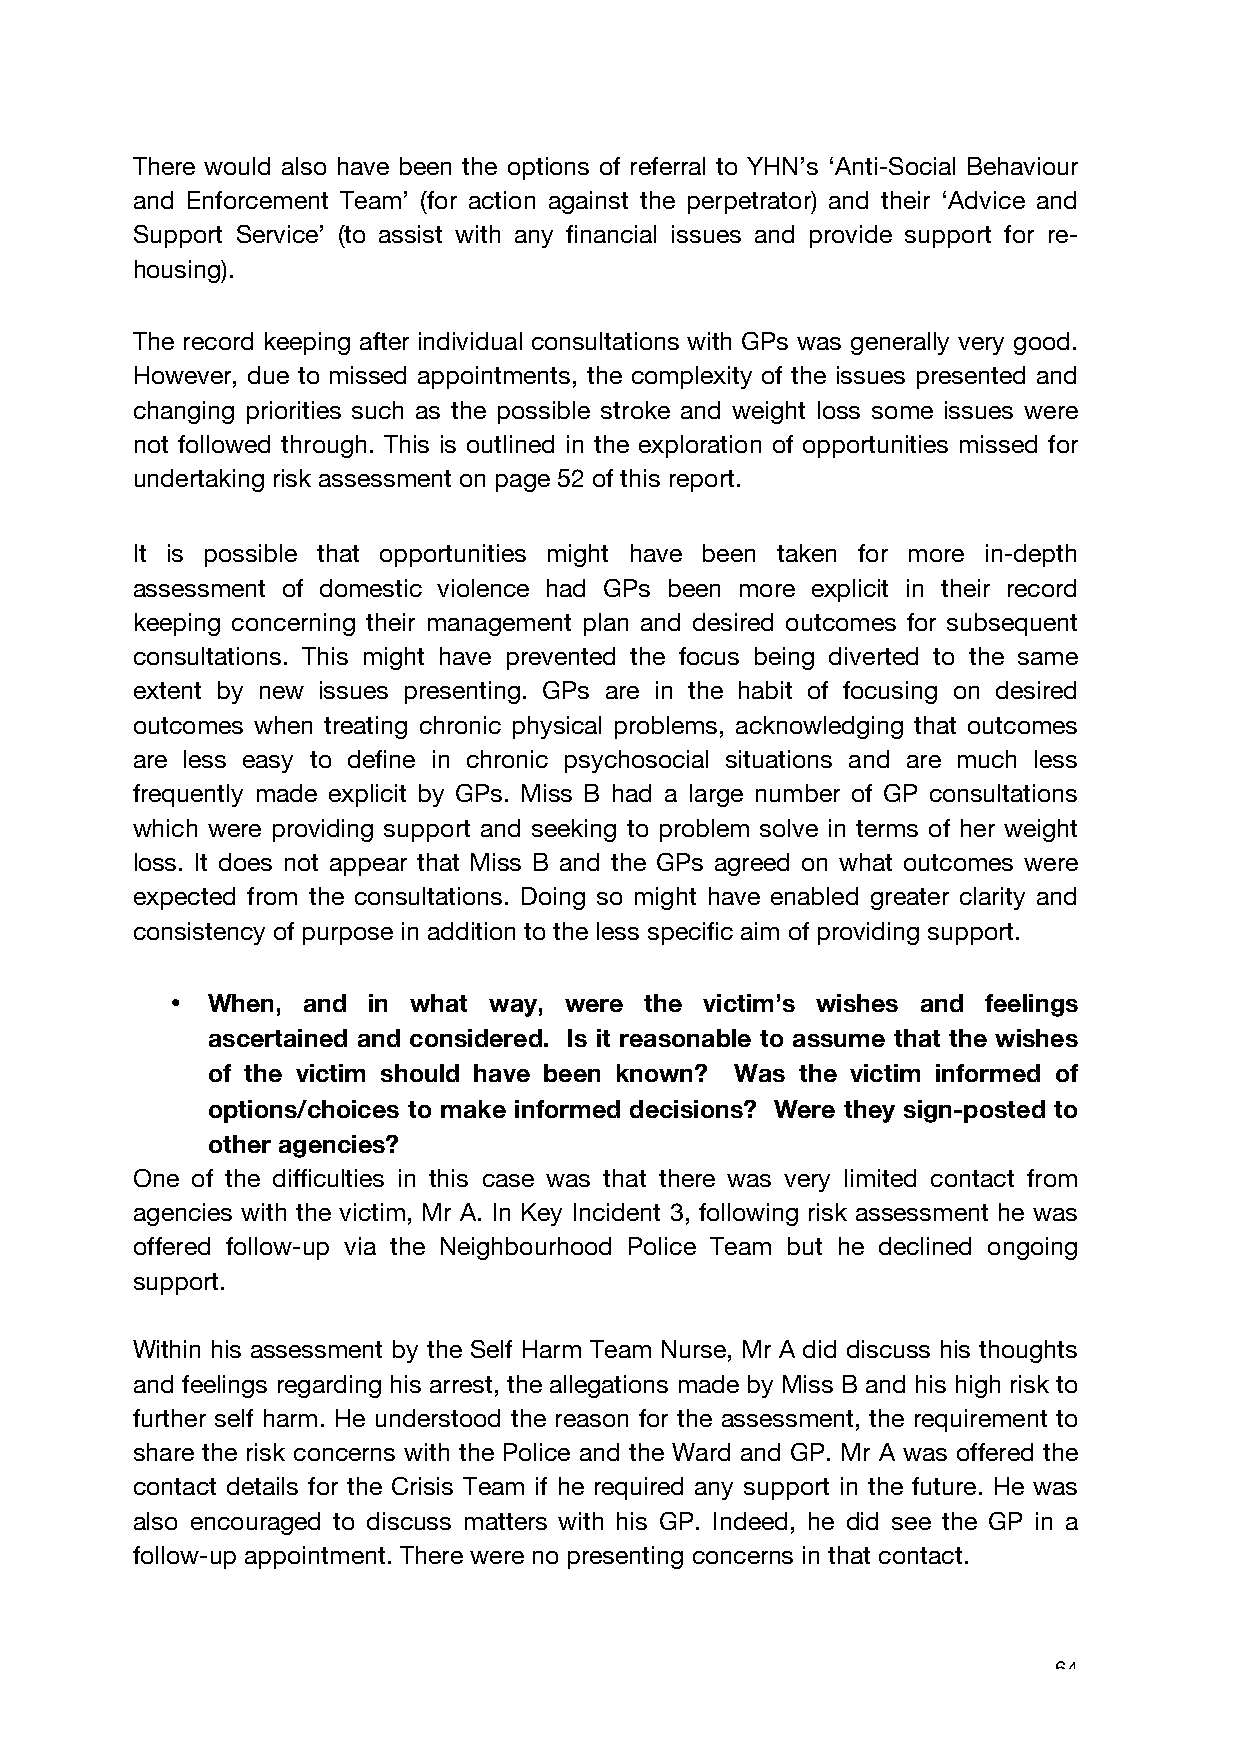
There would also have been the options of referral to YHN’s ‘Anti-Social Behaviour
 and Enforcement Team’ (for action against the perpetrator) and their ‘Advice and
 Support Service’ (to assist with any financial issues and provide support for re-
 housing).
 The record keeping after individual consultations with GPs was generally very good.
 However, due to missed appointments, the complexity of the issues presented and
 changing priorities such as the possible stroke and weight loss some issues were
 not followed through. This is outlined in the exploration of opportunities missed for
 undertaking risk assessment on page 52 of this report.
 It is possible that opportunities might have been taken for more in-depth
 assessment of domestic violence had GPs been more explicit in their record
 keeping concerning their management plan and desired outcomes for subsequent
 consultations. This might have prevented the focus being diverted to the same
 extent by new issues presenting. GPs are in the habit of focusing on desired
 outcomes when treating chronic physical problems, acknowledging that outcomes
 are less easy to define in chronic psychosocial situations and are much less
 frequently made explicit by GPs. Miss B had a large number of GP consultations
 which were providing support and seeking to problem solve in terms of her weight
 loss. It does not appear that Miss B and the GPs agreed on what outcomes were
 expected from the consultations. Doing so might have enabled greater clarity and
 consistency of purpose in addition to the less specific aim of providing support.
 •  When, and in what way, were  the victim’s wishes and feelings
 ascertained and considered. Is it reasonable to assume that the wishes
 of the victim should have been known? Was the victim informed of
 options/choices to make informed decisions? Were they sign-posted to
 other agencies?
 One of the difficulties in this case was that there was very limited contact from
 agencies with the victim, Mr A. In Key Incident 3, following risk assessment he was
 offered follow-up via the Neighbourhood Police Team but he declined ongoing
 support.
 Within his assessment by the Self Harm Team Nurse, Mr A did discuss his thoughts
 and feelings regarding his arrest, the allegations made by Miss B and his high risk to
 further self harm. He understood the reason for the assessment, the requirement to
 share the risk concerns with the Police and the Ward and GP. Mr A was offered the
 contact details for the Crisis Team if he required any support in the future. He was
 also encouraged to discuss matters with his GP. Indeed, he did see the GP in a
 follow-up appointment. There were no presenting concerns in that contact.
 64